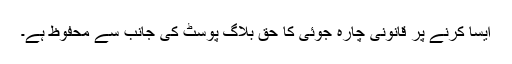
ایسا کرنے پر قانونی چارہ جوئی کا حق بلاگ پوسٹ کی جانب سے محفوظ ہے۔